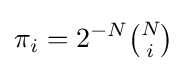
\pi _{i}=2^{-N}{\tbinom {N}{i}}